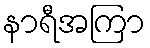
နာရီအကြာ